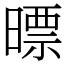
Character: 㬓